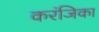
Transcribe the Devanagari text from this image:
करंजिका